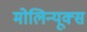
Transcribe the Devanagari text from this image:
मोलिन्यूक्स